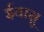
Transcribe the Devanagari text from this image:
ईयासु